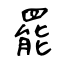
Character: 罷